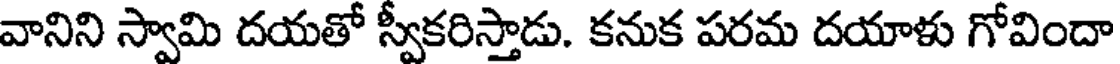
వానిని స్వామి దయతో స్వీకరిస్తాడు. కనుక పరమ దయాళు గోవిందా